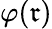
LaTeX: \varphi(\mathfrak{r})